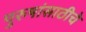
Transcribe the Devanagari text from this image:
पुरुषांसाठीचे